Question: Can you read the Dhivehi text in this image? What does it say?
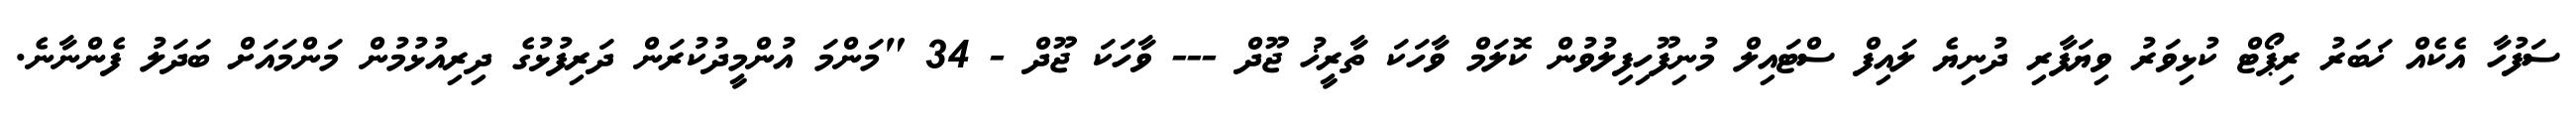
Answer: ސަފުހާ އެކެއް ޚަބަރު ރިޕޯޓް ކުޅިވަރު ވިޔަފާރި ދުނިޔެ ލައިފް ސްޓައިލް މުނިފޫހިފިލުވުން ކޮލަމް ވާހަކަ ތާރީޚު ޖޫދް --- ވާހަކަ ޖޫދް - 34 "މަންމަ އުންމީދުކުރަން ދަރިފުޅުގެ ދިރިއުޅުމުން މަންމައަށް ބަދަލު ފެންނާނެ.